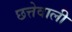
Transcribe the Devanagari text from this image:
छत्तेवाली